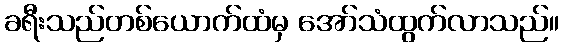
ခရီးသည်တစ်ယောက်ထံမှ အော်သံထွက်လာသည်။